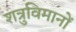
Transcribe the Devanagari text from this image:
शत्रुविमानों